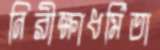
নিরীক্ষাধর্মিতা